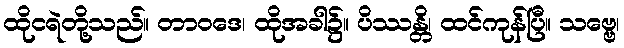
ထိုငရဲတို့သည်။ တာဝဒေ၊ ထိုအခါ၌။ ပိဿန္တိ၊ ထင်ကုန်ပြီ။ သဗ္ဗေ၊